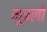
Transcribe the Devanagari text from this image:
मूत्रलों